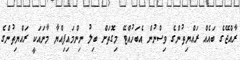
ރާއްޖޭގެ ބައެއް ރައްޔިތުންގެ ވިސްނުން އެބަހުއްޓޭ މިގޮތަށް ބިލު ނިންމައިފިއްޔާ މާނައަކީ ރައްޔިތުންގެ